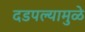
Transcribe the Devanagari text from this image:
दडपल्यामुळे